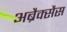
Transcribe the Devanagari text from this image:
अब्रैक्सैस